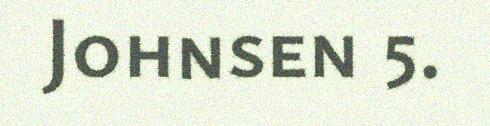
Johnsen 5.